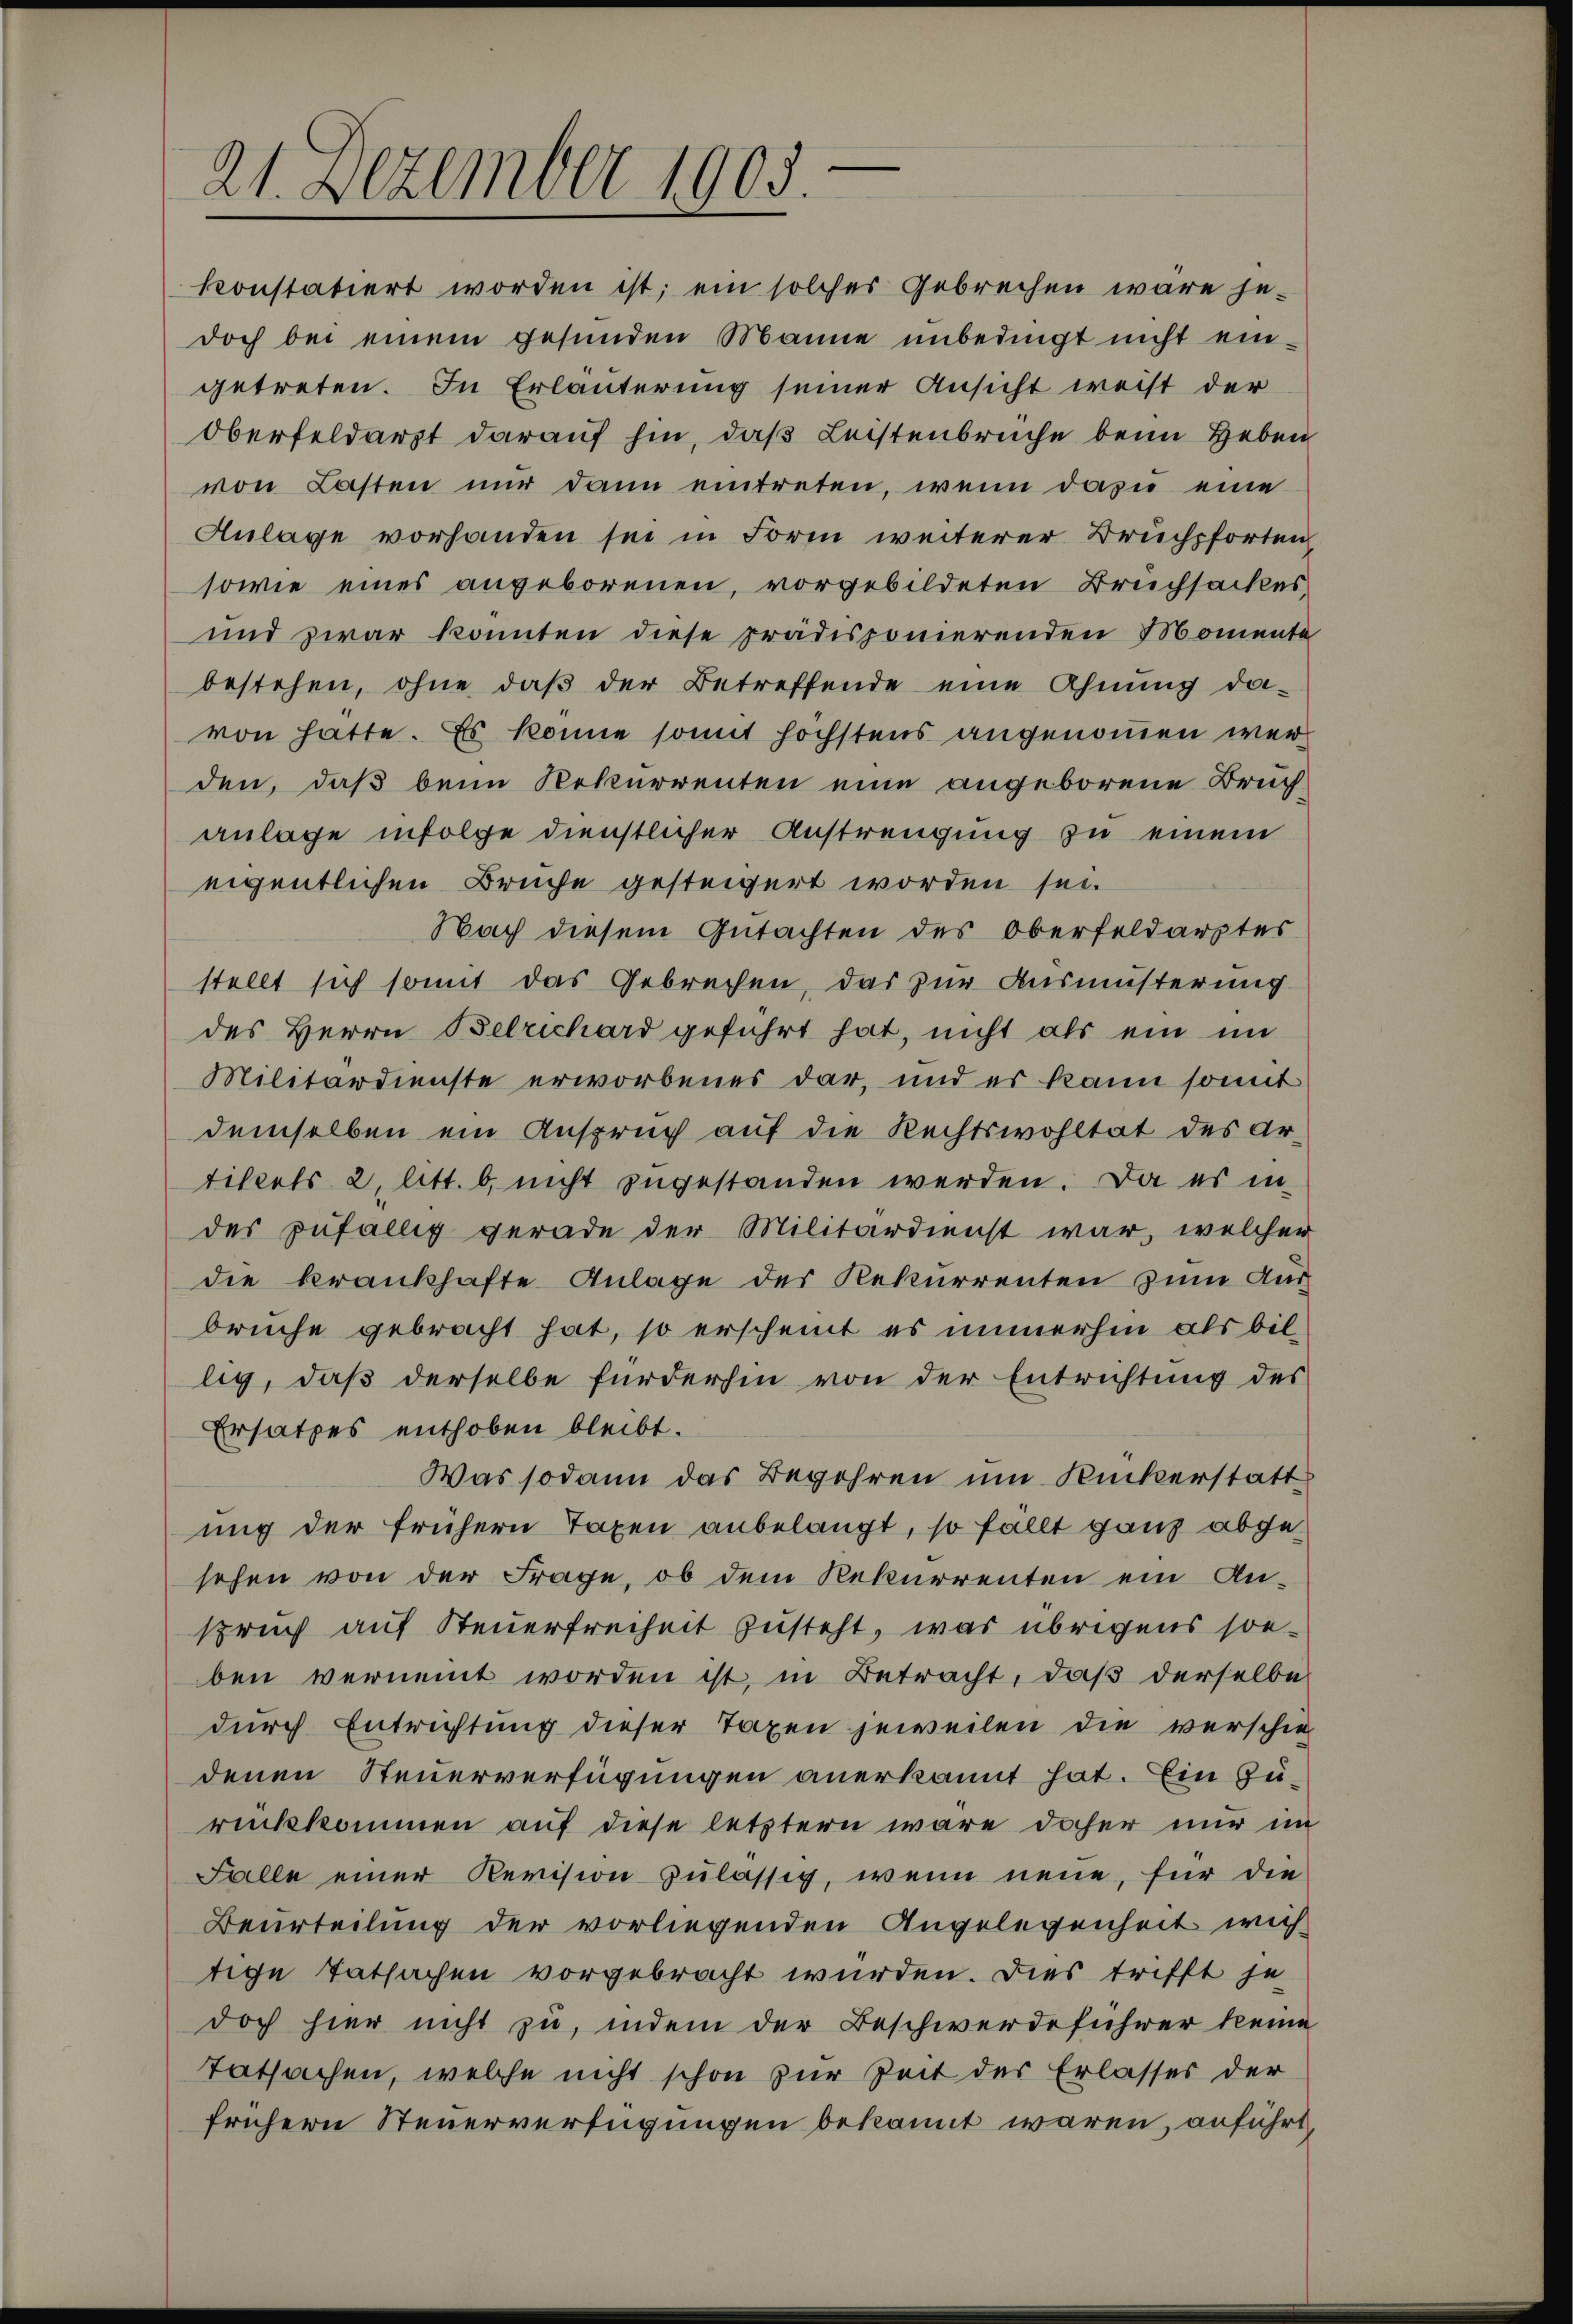
21. Dezember 1903.

konstatiert worden ist; ein solcher Gebrechen wäre je-
doch bei einem gesunden Manne unbedingt nicht ein-
getreten. In Erläuterung seiner Ansicht weist der
Oberfeldarzt darauf hin, daß Leistenbrüche beim Heben
von Lasten nur dann eintreten, wenn dazu eine
Anlage vorhanden sei in Form weiterer Bruchsforten
sowie eines angeborenen, vorgebildeten Bruchsackes
und zwar könnten diese prädisponierenden Momente
bestehen, ohne daß der Betreffende eine Ahnung da-
von hatte. Es könne somit höchstens angenommen werden, daß beim Rekurrenten eine angeborene Bruchanlage infolge dienstlicher Anstrengung zu einem
eigentlichen Bruche gesteigert worden sei.
Nach diesem Gutachten des Oberfeldarztes
stellt sich somit das Gebrechen, das zur Ausmusterung
des Herrn Betrichard geführt hat, nicht als ein im
Militärdienste erworbenes dar, und es kann somit
demselben ein Anspruch auf die Rechtswohltat des Artikels 2, litt. b, nicht zugestanden werden. Da es in
der zufällig gerade der Militärdienst war, welcher
die krankhafte Anlage des Rekurrenten zum Ausbruche gebracht hat, so erscheint es immerhin als billig, daß derselbe fürderhin von der Entrichtung des
Ersatzes enthoben bleibt.
Was sodann das Begehren um Ruckerstatt
ung der frühern Taxen anbelangt, so fällt ganz abgesehen von der Frage, ob dem Rekurrenten ein Anspruch auf Steuerfreiheit zusteht, was übrigens sonben vernennt worden ist, in Betracht, daß derselbe
durch Entrichtung dieser Taxen jeweilen die verschie
denen Steuerverfügungen anerkannt hat. Ein Zürükkommen auf diese letztern wäre daher nur im
Falle einer Revision zulässig, wenn neue, für die
Beurteilung der vorliegenden Angelegenheit wich
tige Tatsachen vorgebracht würden. Dies trifft je
doch hier nicht zu, indem der Beschwerdeführer keine
Tatsachen, welche nicht schon zur Zeit der Erlasses der
frühern Steuerverfügungen bekannt waren, anführt,